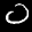
Digit: 0